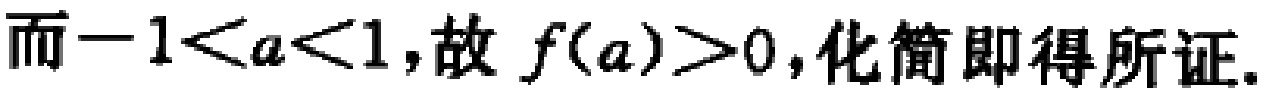
而\(-1 < a < 1\)，故 \(f(a)>0\)，化简即得所证.